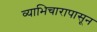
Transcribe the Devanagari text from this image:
व्याभिचारापासून